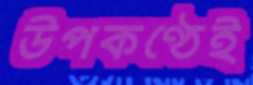
উপকণ্ঠেই